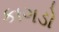
કાગડો